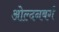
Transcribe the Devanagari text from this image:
ओल्दनबर्ग